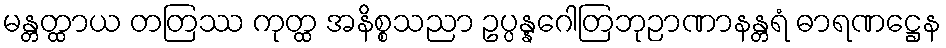
မန္တတ္ထာယ တတြဿ ကုတ္ထ အနိစ္စသညာ ဥပ္ပန္နဂေါတြဘုဉာဏာနန္တရံ ဓာရဏဋ္ဌေန